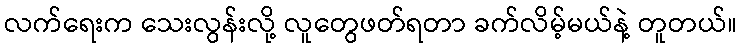
လက်ရေးက သေးလွန်းလို့ လူတွေဖတ်ရတာ ခက်လိမ့်မယ်နဲ့ တူတယ်။